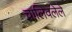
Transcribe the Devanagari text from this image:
चालिवलेले